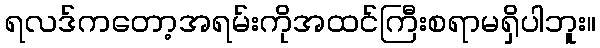
ရလဒ်ကတော့အရမ်းကိုအထင်ကြီးစရာမရှိပါဘူး။